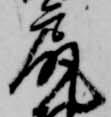
尻